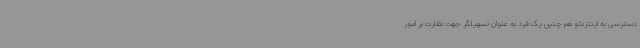
دسترسی به اینترنتو هم چنین یک فرد به عنوان تسهیلگر جهت نظارت بر امور